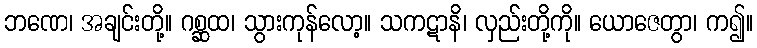
ဘဏေ၊ အချင်းတို့။ ဂစ္ဆထ၊ သွားကုန်လော့။ သကဋာနိ၊ လှည်းတို့ကို။ ယောဇေတွာ၊ က၍။